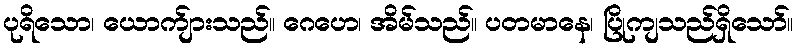
ပုရိသော၊ ယောက်ျားသည်။ ဂေဟေ၊ အိမ်သည်။ ပတမာနေ၊ ပြိုကျသည်ရှိသော်။